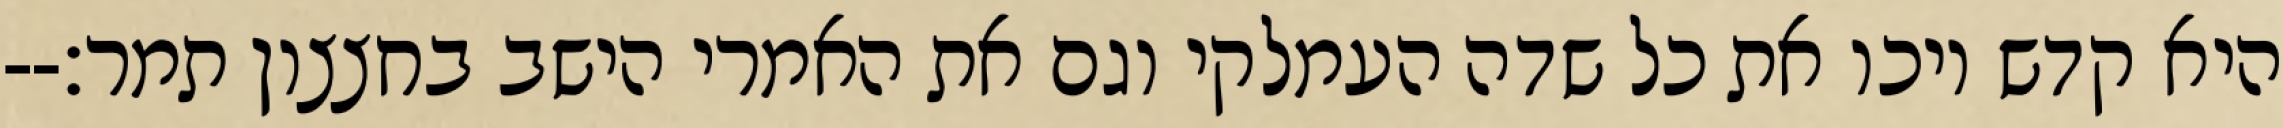
היא קדש ויכו את כל שדה העמלקי וגם את האמרי הישב בחצצון תמר׃--